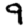
Digit: 9